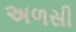
અળસી